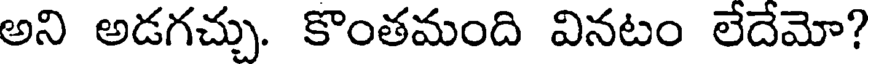
అని అడగచ్చు. కొంతమంది వినటం లేదేమో?